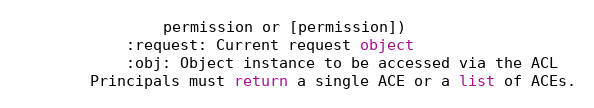
Language: Python
                permission or [permission])
            :request: Current request object
            :obj: Object instance to be accessed via the ACL
        Principals must return a single ACE or a list of ACEs.